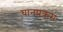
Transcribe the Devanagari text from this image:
घानप्रक्रम